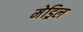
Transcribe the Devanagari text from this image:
मेड्रिल